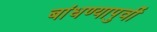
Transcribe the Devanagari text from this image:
बांधण्यापुर्वी